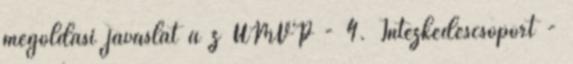
megoldási javaslat a z ÚMVP - 4. Intézkedéscsoport -